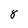
Character: 8